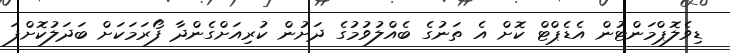
ޑިވެލޮޕްމަންޓުން އެޑެޕްޓް ކޮށް އެ ތަނުގެ ބެއްލުވުމުގެ ދަށުން ކުރިއަށްގެންދާ ފޯރަމަކަށް ބަދަލުކޮށްފަ